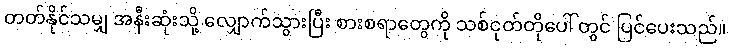
တတ်နိုင်သမျှ အနီးဆုံးသို့ လျှောက်သွားပြီး စားစရာတွေကို သစ်ငုတ်တိုပေါ် တွင် ပြင်ပေးသည်။